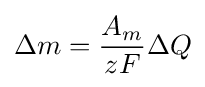
\Delta m={\frac {A_{m}}{zF}}\Delta Q